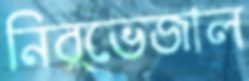
নির্ভেজাল